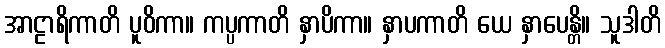
အာဠာရိကာတိ ပူဝိကာ။ ကပ္ပကာတိ နှာပိကာ။ နှာပကာတိ ယေ နှာပေန္တိ။ သူဒါတိ